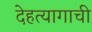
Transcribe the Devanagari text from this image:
देहत्यागाची